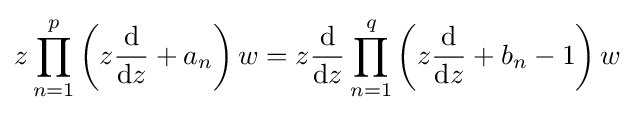
z\prod _{n=1}^{p}\left(z{\frac {\rm {d}}{{\rm {d}}z}}+a_{n}\right)w=z{\frac {\rm {d}}{{\rm {d}}z}}\prod _{n=1}^{q}\left(z{\frac {\rm {d}}{{\rm {d}}z}}+b_{n}-1\right)w